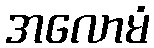
အလောမံ